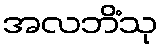
အလဘိံသု